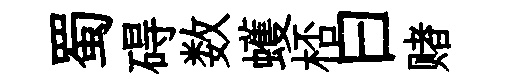
蜀碍数蠖桮曰赌